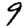
Digit: 9